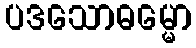
ပဒသောဓမ္မော